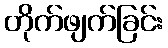
တိုက်ဖျက်ခြင်း